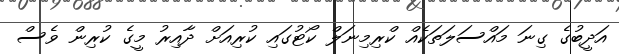
އަދީބުގެ ގިނަ މައްސަލަތަކެއް ކްރިމިނަލް ކޯޓުގައި ކުރިއަށް ދާއިރު މީގެ ކުރިން ވެސް